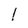
Character: l